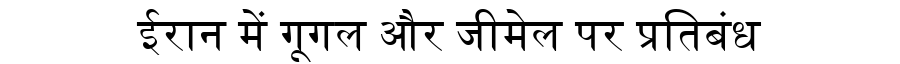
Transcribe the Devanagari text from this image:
ईरान में गूगल और जीमेल पर प्रतिबंध